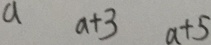
a a + 3 a + 5